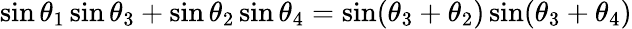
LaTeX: \sin\theta_{1}\sin\theta_{3}+\sin\theta_{2}\sin\theta_{4}=\sin(\theta_{3}+\theta_{2})\sin(\theta_{3}+\theta_{4})